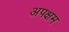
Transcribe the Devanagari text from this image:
अपक्षम